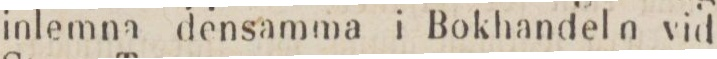
inlemna densamma i Bokhandeln vid